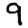
Digit: 9